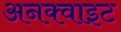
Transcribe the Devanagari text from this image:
अनक्वाइट